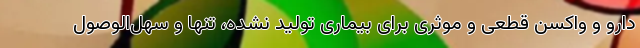
دارو و واکسن قطعی و موثری برای بیماری تولید نشده، تنها و سهل‌الوصول